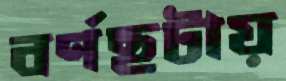
বর্ণছটায়